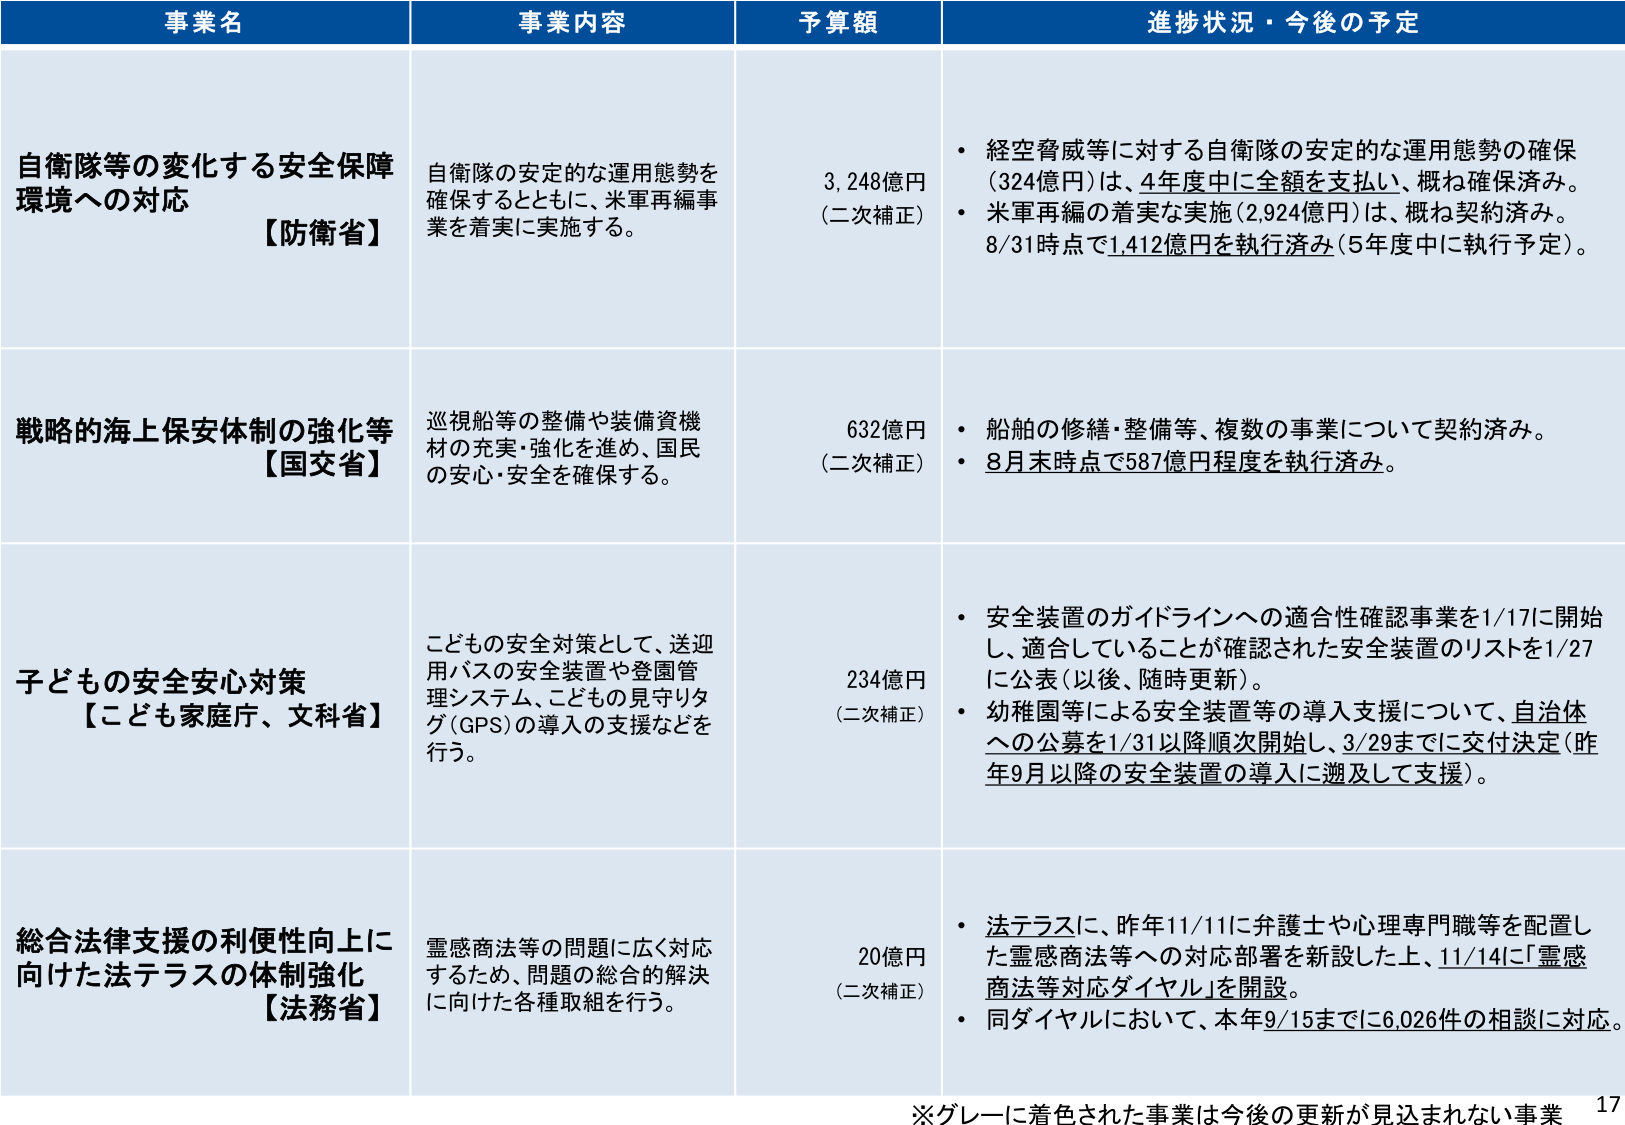
事業名 事業内容 予算額 進捗状況・今後の予定
自衛隊等の変化する安全保障環境への対応 【防衛省】 自衛隊の安定的な運用態勢を確保するとともに、米軍再編事業を着実に実施する。 3,248億円 （二次補正） ・経空脅威等に対する自衛隊の安定的な運用態勢の確保（324億円）は、4年度中に全額を支払い、概ね確保済み。 ・米軍再編の着実な実施（2,924億円）は、概ね契約済み。8/31時点で1,412億円を執行済み（5年度中に執行予定）。
戦略的海上保安体制の強化等 【国交省】 巡視船等の整備や装備資機材の充実・強化を進め、国民の安心・安全を確保する。 632億円 （二次補正） ・船舶の修繕・整備等、複数の事業について契約済み。 ・8月末時点で587億円程度を執行済み。
子どもの安全安心対策 【こども家庭庁、文科省】 こどもの安全対策として、送迎用バスの安全装置や登園管理システム、こどもの見守りタグ（GPS）の導入の支援などを行う。 234億円 （二次補正） ・安全装置のガイドラインへの適合性確認事業を1/17に開始し、適合していることが確認された安全装置のリストを1/27に公表（以後、随時更新）。 ・幼稚園等による安全装置等の導入支援について、自治体への公募を1/31以降順次開始し、3/29までに交付決定（昨年9月以降の安全装置の導入に遡及して支援）。
総合法律支援の利便性向上に向けた法テラスの体制強化 【法務省】 霊感商法等の問題に広く対応するため、問題の総合的解決に向けた各種取組を行う。 20億円 （二次補正） ・法テラスに、昨年11/11に弁護士や心理専門職等を配置した霊感商法等への対応部署を新設した上、11/14に「霊感商法等対応ダイヤル」を開設。 ・同ダイヤルにおいて、本年9/15までに6,026件の相談に対応。
※グレーに着色された事業は今後の更新が見込まれない事業 17